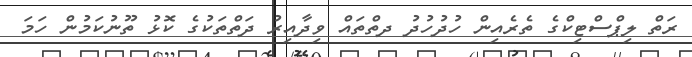
ރަތް ލިޕްސްޓިކްގެ ތެރެއިން ހުދުހުދު ދތްތައް ވިދާއިރު ދަތްތަކުގެ ކޮޅު ތޫނުކަމުން ހަމަ